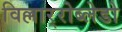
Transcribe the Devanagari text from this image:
विल्लार्‍रोब्लेडो